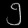
Digit: ၅